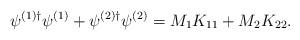
LaTeX: \begin{align*}\psi^{(1)\dag} \psi^{(1)} + \psi^{(2)\dag} \psi^{(2)} = M_1K_{11} + M_2K_{22}.\end{align*}